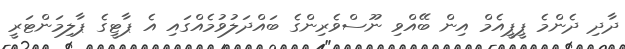
ދާދި ދެންމެ ޕީޕީއެމް އިން ބޭއްވި ނޫސްވެރިންގެ ބައްދަލުވުމެއްގައި އެ ޕާޓީގެ ޕާލިމަންޓަރީ